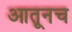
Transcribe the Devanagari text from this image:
आतूनच